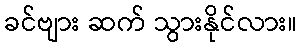
ခင်ဗျား ဆက် သွားနိုင်လား။